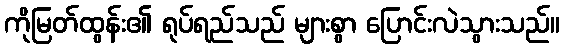
ကိုမြတ်ထွန်း၏ ရုပ်ရည်သည် များစွာ ပြောင်းလဲသွားသည်။